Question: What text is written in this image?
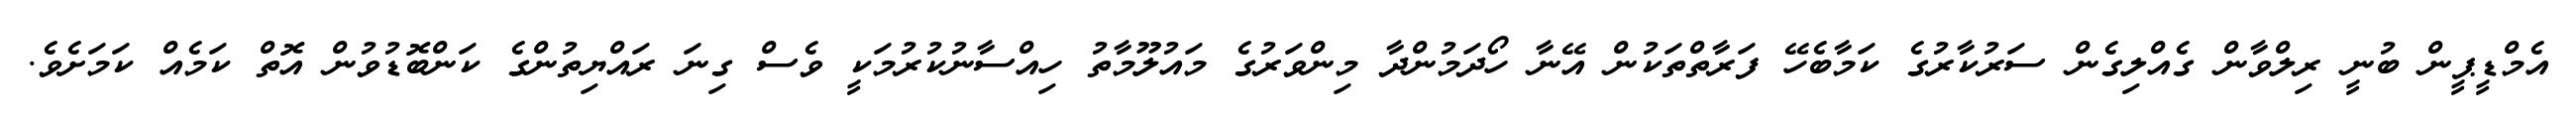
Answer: އެމްޑީޕީން ބުނީ ރިލްވާން ގެއްލިގެން ސަރުކާރުގެ ކަމާބެހޭ ފަރާތްތަކުން އޭނާ ހޯދަމުންދާ މިންވަރުގެ މައުލޫމާތު ހިއްސާނުކުރުމަކީ ވެސް ގިނަ ރައްޔިތުންގެ ކަންބޮޑުވުން އޮތް ކަމެއް ކަމަށެވެ.